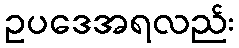
ဥပဒေအရလည်း